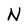
Character: N